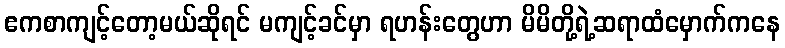
ဧကစာကျင့်တော့မယ်ဆိုရင် မကျင့်ခင်မှာ ရဟန်းတွေဟာ မိမိတို့ရဲ့ဆရာထံမှောက်ကနေ